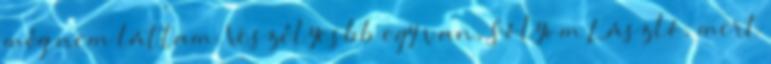
még nem láttam. Veszélyesbb egy van, Sólyom László, mert